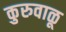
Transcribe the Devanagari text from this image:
कुरुवाळू